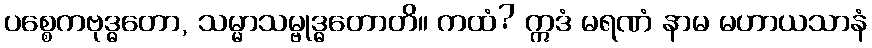
ပစ္စေကဗုဒ္ဓတော, သမ္မာသမ္ဗုဒ္ဓတောတိ။ ကထံ? ဣဒံ မရဏံ နာမ မဟာယသာနံ